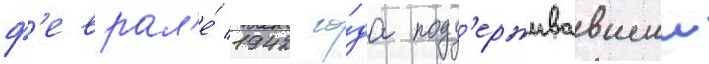
ф'еврал'е́ 1942 го́да подд'ерживавшии